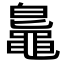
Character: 𪓨